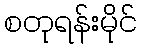
စတုရန်းမိုင်